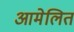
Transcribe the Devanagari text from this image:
आमेलित